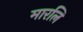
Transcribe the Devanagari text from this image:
मारलि